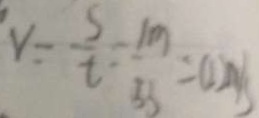
V = \frac { s } { t } = \frac { 1 m } { 5 s } = 0 . 2 m / s